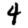
Digit: 4